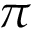
\pi